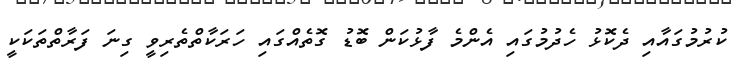
ކުރުމުގައާއި ދެކޮޅު ހެދުމުގައި އެންމެ ފާޅުކަން ބޮޑު ގޮތެއްގައި ހަރަކާތްތެރިވީ ގިނަ ފަރާތްތަކަކީ